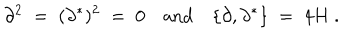
\partial ^ { 2 } \; = \; ( \partial ^ { * } ) ^ { 2 } \; = \; 0 \quad \mathrm { a n d } \quad \{ \partial , \partial ^ { * } \} \; = \; 4 H \ .